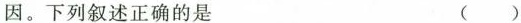
因。下列叙述正确的是 ( )